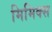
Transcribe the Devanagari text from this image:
मिमिक्स